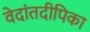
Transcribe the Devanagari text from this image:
वेदांतदीपिका